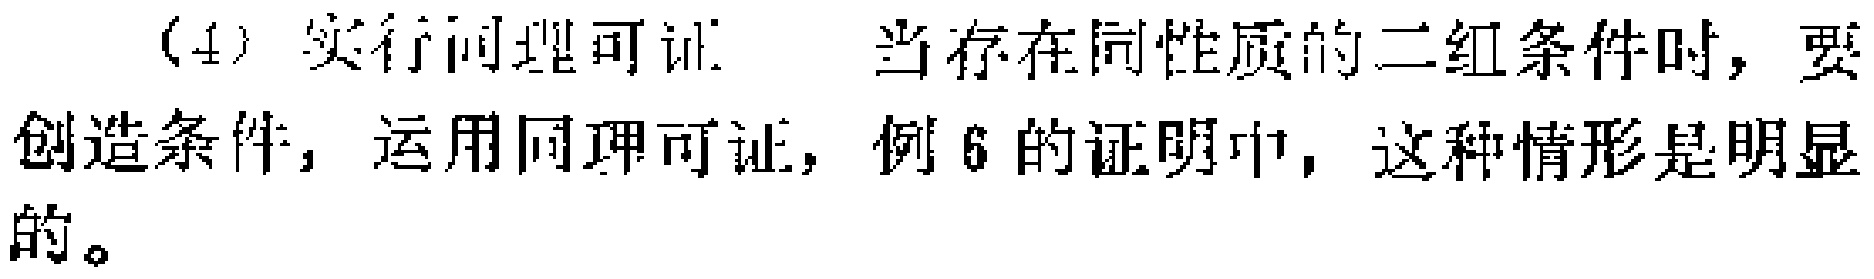
（4）实行同理可证。当存在同性质的二组条件时，要创造条件，运用同理可证，例6的证明中，这种情形是明显的。